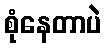
စုံနေတာပဲ